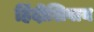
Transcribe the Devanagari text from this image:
हिंदीशिवाय